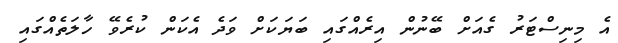
އެ މިނިސްޓަރު ގެއަށް ބޭނުން އިރެއްގައި ބަޔަކަށް ވަދެ އެކަން ކުރެވޭ ހާލަތެއްގައި